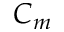
C _ { m }